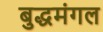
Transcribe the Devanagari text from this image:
बुद्धमंगल